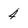
Character: 4